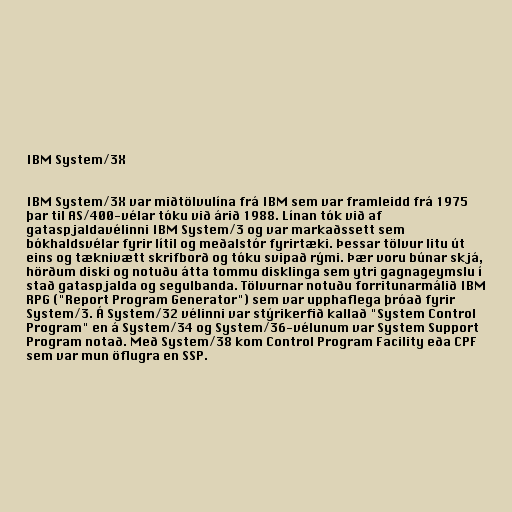
IBM System/3X

IBM System/3X var miðtölvulína frá IBM sem var framleidd frá 1975
þar til AS/400-vélar tóku við árið 1988. Línan tók við af
gataspjaldavélinni IBM System/3 og var markaðssett sem
bókhaldsvélar fyrir lítil og meðalstór fyrirtæki. Þessar tölvur litu út
eins og tæknivætt skrifborð og tóku svipað rými. Þær voru búnar skjá,
hörðum diski og notuðu átta tommu disklinga sem ytri gagnageymslu í
stað gataspjalda og segulbanda. Tölvurnar notuðu forritunarmálið IBM
RPG ("Report Program Generator") sem var upphaflega þróað fyrir
System/3. Á System/32 vélinni var stýrikerfið kallað "System Control
Program" en á System/34 og System/36-vélunum var System Support
Program notað. Með System/38 kom Control Program Facility eða CPF
sem var mun öflugra en SSP.